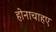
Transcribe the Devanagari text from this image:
होनाचाहए